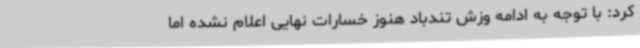
کرد: با توجه به ادامه وزش تندباد هنوز خسارات نهایی اعلام نشده اما